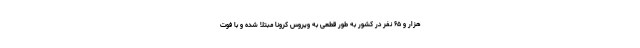
هزار و ۶۵ نفر در کشور به طور قطعی به ویروس کرونا مبتلا شده و با فوت